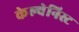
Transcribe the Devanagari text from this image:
केल्वेनिस्ट